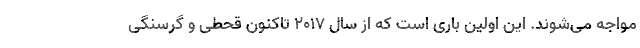
مواجه می‌شوند. این اولین باری است که از سال ۲۰۱۷ تاکنون قحطی و گرسنگی